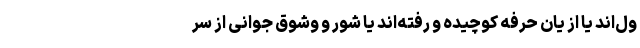
ول‌اند یا از یان حرفه کوچیده و رفته‌اند یا شور و وشوق جوانی از سر